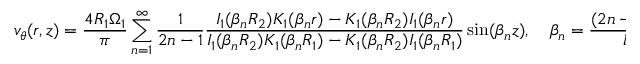
v _ { \theta } ( r , z ) = { \frac { 4 R _ { 1 } \Omega _ { 1 } } { \pi } } \sum _ { n = 1 } ^ { \infty } { \frac { 1 } { 2 n - 1 } } { \frac { I _ { 1 } ( \beta _ { n } R _ { 2 } ) K _ { 1 } ( \beta _ { n } r ) - K _ { 1 } ( \beta _ { n } R _ { 2 } ) I _ { 1 } ( \beta _ { n } r ) } { I _ { 1 } ( \beta _ { n } R _ { 2 } ) K _ { 1 } ( \beta _ { n } R _ { 1 } ) - K _ { 1 } ( \beta _ { n } R _ { 2 } ) I _ { 1 } ( \beta _ { n } R _ { 1 } ) } } \sin ( \beta _ { n } z ) , \quad \beta _ { n } = { \frac { ( 2 n - 1 ) \pi } { l } } ,